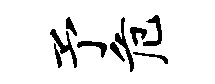
予危